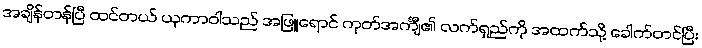
အချိန်တန်ပြီ ထင်တယ် ယုကာဝါသည် အဖြူရောင် ကုတ်အင်္ကျီ၏ လက်ရှည်ကို အထက်သို့ ခေါက်တင်ပြီး